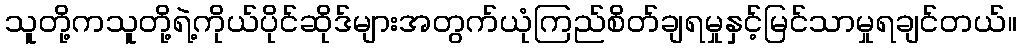
သူတို့ကသူတို့ရဲ့ကိုယ်ပိုင်ဆိုဒ်များအတွက်ယုံကြည်စိတ်ချရမှုနှင့်မြင်သာမှုရချင်တယ်။